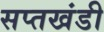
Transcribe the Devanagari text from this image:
सप्तखंडी